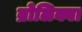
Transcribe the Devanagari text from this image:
ब्रोलिक्वा